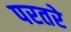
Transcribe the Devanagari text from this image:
परतरे